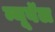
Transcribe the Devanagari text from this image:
न्यूवॅल